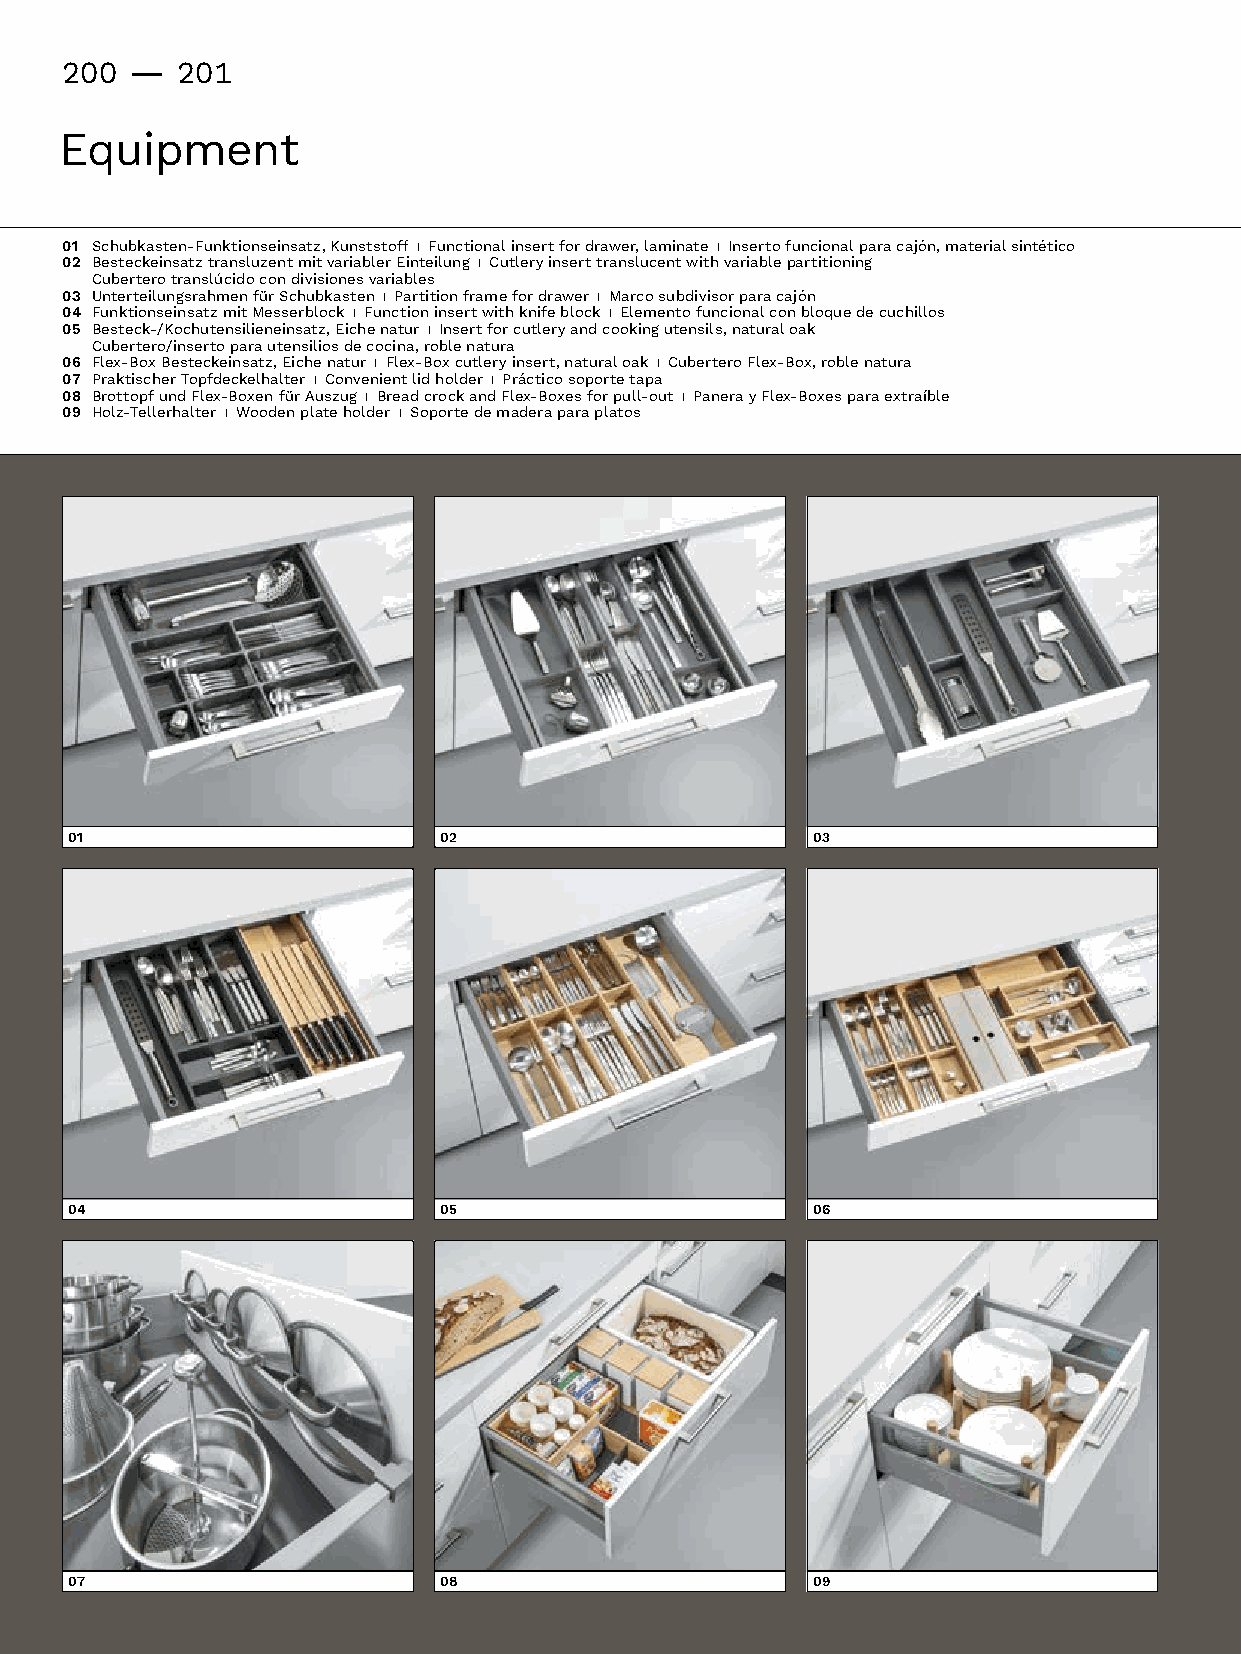
200 -   201
 Equipment
 01 Schubkasten-Funktionseinsatz,Kunststoff I Functionalinsertfordrawer,laminate I Insertofuncionalparacajón,materialsintético
 02 BesteckeinsatztransluzentmitvariablerEinteilung I Cutleryinserttranslucentwithvariablepartitioning
  Cuberterotranslúcidocondivisionesvariables
 03 UnterteilungsrahmenfürSchubkasten I Partition frame for drawer I Marcosubdivisorparacajón
 04 FunktionseinsatzmitMesserblock I Functioninsertwithknifeblock I Elementofuncionalconbloquedecuchillos
 05 Besteck-/Kochutensilieneinsatz,Eichenatur I Insertforcutleryandcookingutensils,naturaloak
 Cubertero/insertoparautensiliosdecocina,roblenatura
 06 Flex-BoxBesteckeinsatz,Eichenatur I Flex-Boxcutleryinsert,naturaloak I CuberteroFlex-Box,roblenatura
 07 Praktischer Topfdeckelhalter I Convenient lid holder I Práctico soporte tapa
 08 BrottopfundFlex-BoxenfürAuszug I Bread crock and Flex-Boxes for pull-out I PanerayFlex-Boxesparaextraíble
 09 Holz-Tellerhalter I Wooden plate holder I Soporte de madera para platos
 01                       02                       03
 04                       05                       06
 07                       08                       09